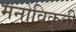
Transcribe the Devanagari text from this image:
मनोविकृती